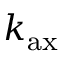
k _ { \mathrm { a x } }